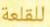
للقلعة